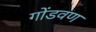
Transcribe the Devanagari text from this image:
गोंडवण